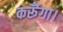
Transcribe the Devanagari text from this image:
कर्रूँगा।